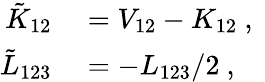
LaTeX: \begin{array}{rl}{\tilde{K}_{12}}&{{}=V_{12}-K_{12}\mathrm{~,~}}\\ {\tilde{L}_{123}}&{{}=-L_{123}/2\mathrm{~,~}}\end{array}